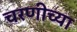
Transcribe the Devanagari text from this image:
चरणीच्या